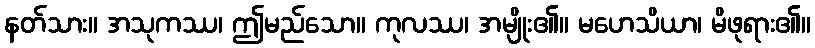
နတ်သား။ အသုကဿ၊ ဤမည်သော။ ကုလဿ၊ အမျိုး၏။ မဟေသိယာ၊ မိဖုရား၏။